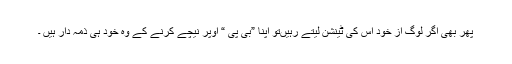
پھر بھی اگر لوگ اَز خود اس کی ٹینشن لیتے رہیںتو اپنا ”بی پی “ اُوپر نیچے کرنے کے وہ خود ہی ذمہ دار ہیں ۔